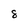
Character: 8